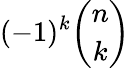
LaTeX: (-1)^{k}{\binom{n}{k}}